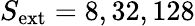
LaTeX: S_{\mathrm{ext}}=8,32,128